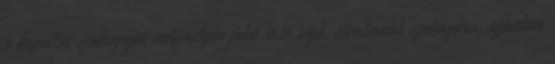
a kopottas szoknyáját valamilyen jobb minıségő, divatosabb szoknyára, azonban